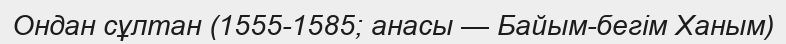
Ондан сұлтан (1555-1585; анасы — Байым-бегім Ханым)